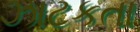
ઝાટકતા